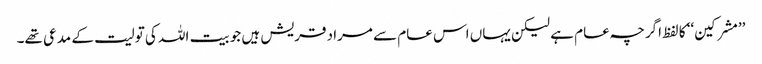
’’مشرکین‘‘ کا لفظ اگرچہ عام ہے لیکن یہاں اس عام سے مراد قریش ہیں جو بیت اللہ کی تولیت کے مدعی تھے۔